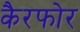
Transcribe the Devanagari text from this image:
कैरफोर